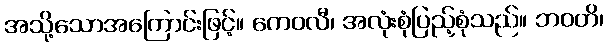
အသို့သောအကြောင်းဖြင့်။ ကေဝလီ၊ အလုံးစုံပြည့်စုံသည်။ ဘဝတိ၊